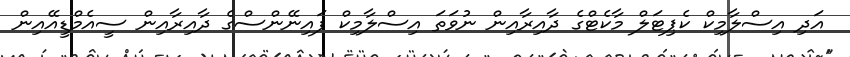
އަދި އިސްލާމިކް ކެޕިޓަލް މާކެޓްގެ ދާއިރާއިން ނުވަތަ އިސްލާމިކް ފައިނޭންސްގެ ދާއިރާއިން ސީއެމްޑީއޭއިން